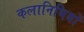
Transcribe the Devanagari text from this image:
कलानिधियों